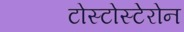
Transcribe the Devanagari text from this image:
टोस्टोस्टेरोन